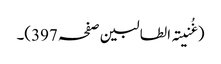
(غُنیتہ الطالبین صفحہ 397)۔